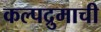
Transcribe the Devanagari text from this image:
कल्पद्रुमाची